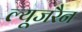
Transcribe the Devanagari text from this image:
ल्यूजरैन